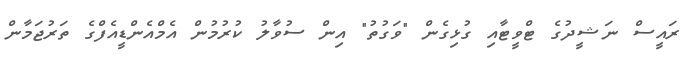
ރައީސް ނަޝީދުގެ ޓްވީޓާއި ގުޅިގެން "ވަގުތު" އިން ސުވާލު ކުރުމުން އެމްއެންޑީއެފްގެ ތަރުޖަމާން